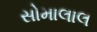
સોમાલાલ